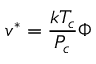
v ^ { * } = { \frac { k T _ { c } } { P _ { c } } } \Phi